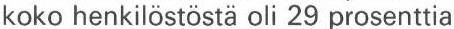
koko henkilöstöstä oli 29 prosenttia